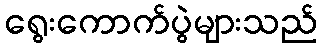
ရွေးကောက်ပွဲများသည်